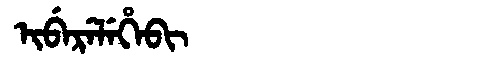
Manchu: ᡳᠪᡝᡵᡝᠯᡝᡥᡝᠪᡳ
Romanization: IBERELEHEBI